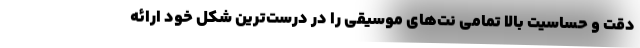
دقت و حساسیت بالا تمامی نت‌های موسیقی را در درست‌ترین شکل خود ارائه